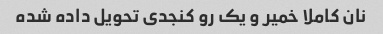
نان کاملا خمیر و یک رو کنجدی تحویل داده شده